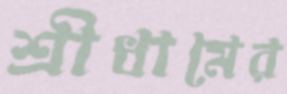
শ্রীধামের